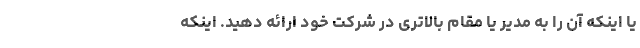
یا اینکه آن را به مدیر یا مقام بالاتری در شرکت خود ارائه دهید. اینکه